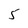
Character: 5